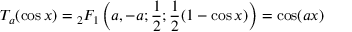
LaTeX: T _ { a } ( \cos x ) = { } _ { 2 } F _ { 1 } \left( a , - a ; { \frac { 1 } { 2 } } ; { \frac { 1 } { 2 } } ( 1 - \cos x ) \right) = \cos ( a x )